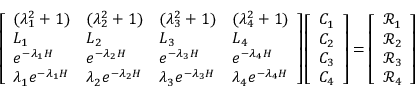
\left[ \begin{array} { l l l l } { ( \lambda _ { 1 } ^ { 2 } + 1 ) } & { ( \lambda _ { 2 } ^ { 2 } + 1 ) } & { ( \lambda _ { 3 } ^ { 2 } + 1 ) } & { ( \lambda _ { 4 } ^ { 2 } + 1 ) } \\ { L _ { 1 } } & { L _ { 2 } } & { L _ { 3 } } & { L _ { 4 } } \\ { e ^ { - \lambda _ { 1 } H } } & { e ^ { - \lambda _ { 2 } H } } & { e ^ { - \lambda _ { 3 } H } } & { e ^ { - \lambda _ { 4 } H } } \\ { \lambda _ { 1 } e ^ { - \lambda _ { 1 } H } } & { \lambda _ { 2 } e ^ { - \lambda _ { 2 } H } } & { \lambda _ { 3 } e ^ { - \lambda _ { 3 } H } } & { \lambda _ { 4 } e ^ { - \lambda _ { 4 } H } } \end{array} \right] \left[ \begin{array} { l } { C _ { 1 } } \\ { C _ { 2 } } \\ { C _ { 3 } } \\ { C _ { 4 } } \end{array} \right] = \left[ \begin{array} { l } { \mathscr { R } _ { 1 } } \\ { \mathscr { R } _ { 2 } } \\ { \mathscr { R } _ { 3 } } \\ { \mathscr { R } _ { 4 } } \end{array} \right]